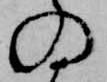
の